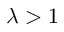
\lambda > 1